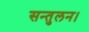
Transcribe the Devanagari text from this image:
सन्तुलन।